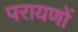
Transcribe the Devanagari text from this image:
परायणों